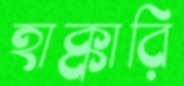
হাক্কারি